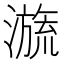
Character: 𣽩